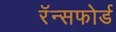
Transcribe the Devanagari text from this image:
रॅन्सफोर्ड